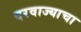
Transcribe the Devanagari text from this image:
दरवाज्याचा